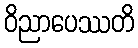
ဝိညာပေဿတိ